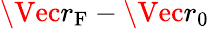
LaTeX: \Vec{r}_{\mathrm{F}}-\Vec{r}_{0}